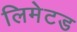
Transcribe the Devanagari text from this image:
लिमेटड